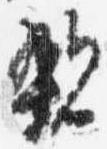
親